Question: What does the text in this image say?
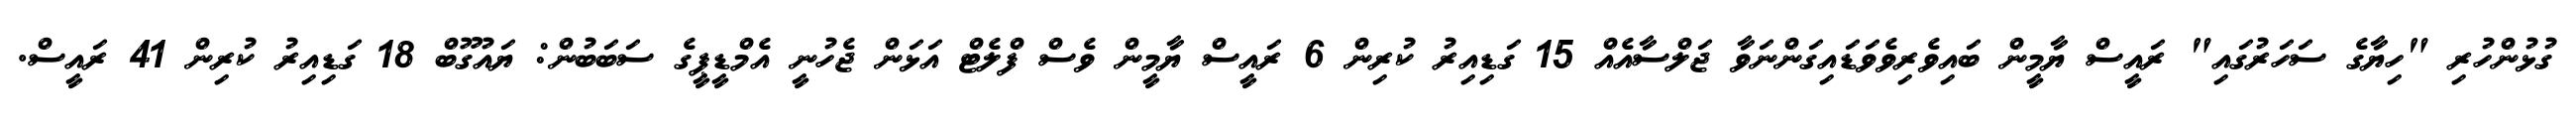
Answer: ގުޅުންހުރި "ހިޔާގެ ސަހަރުގައި" ރައީސް ޔާމީން ބައިވެރިވެވަޑައިގަންނަވާ ޖަލްސާއެއް 15 ގަޑިއިރު ކުރިން 6 ރައީސް ޔާމީން ވެސް ފްލެޓް އަޅަން ޖެހުނީ އެމްޑީޕީގެ ސަބަބުން: ޔައުގޫބް 18 ގަޑިއިރު ކުރިން 41 ރައީސް.